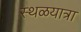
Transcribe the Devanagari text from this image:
स्थळयात्रा